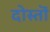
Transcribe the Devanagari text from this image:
दोस्तॊं